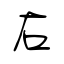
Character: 右